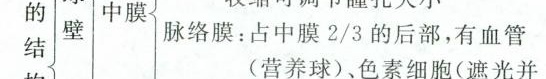
的 结 壁(营养球)、色素细胞(遮光并